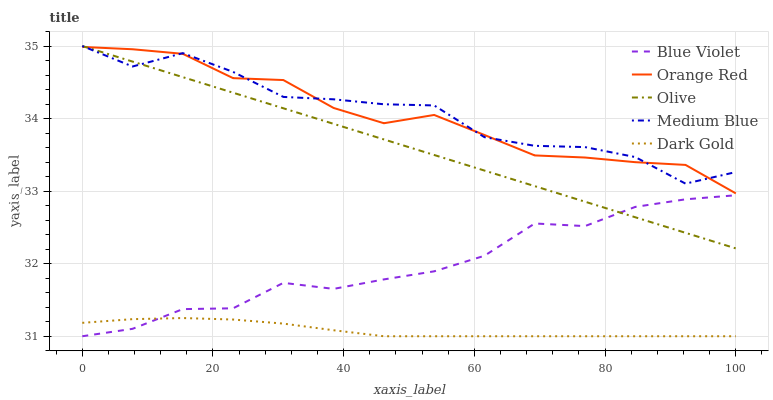
| xaxis_label | Blue Violet | Orange Red | Olive | Medium Blue | Dark Gold |
 | --- | --- | --- | --- | --- | --- |
 | 0 | 31 | 35 | 35 | 35 | 31.2 |
 | 7.69 | 31.1 | 35 | 34.8 | 34.7 | 31.2 |
 | 15.4 | 31.4 | 34.9 | 34.6 | 34.9 | 31.3 |
 | 23.1 | 31.4 | 34.6 | 34.4 | 34.6 | 31.2 |
 | 30.8 | 31.7 | 34.5 | 34.1 | 34.3 | 31.2 |
 | 38.5 | 31.7 | 34.1 | 33.9 | 34.3 | 31.1 |
 | 46.2 | 31.8 | 33.9 | 33.7 | 34.2 | 31 |
 | 53.8 | 31.9 | 34 | 33.5 | 34.2 | 31 |
 | 61.5 | 32.1 | 33.8 | 33.3 | 33.7 | 31 |
 | 69.2 | 32.6 | 33.5 | 33.1 | 33.6 | 31 |
 | 76.9 | 32.5 | 33.5 | 32.9 | 33.6 | 31 |
 | 84.6 | 32.8 | 33.4 | 32.6 | 33.5 | 31 |
 | 92.3 | 32.9 | 33.4 | 32.4 | 33.1 | 31 |
 | 100 | 32.9 | 33 | 32.2 | 33.3 | 31 |